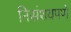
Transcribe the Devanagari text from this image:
निसंशयपणे